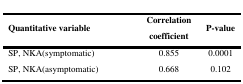
<table><thead><tr><td><b>Quantitative variable</b></td><td><b>Correlation coefficient</b></td><td><b>P-value</b></td></tr></thead><tbody><tr><td>SP, NKA(symptomatic)</td><td>0.855</td><td>0.0001</td></tr><tr><td>SP, NKA(asymptomatic)</td><td>0.668</td><td>0.102</td></tr></tbody></table>